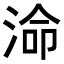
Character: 𭰷